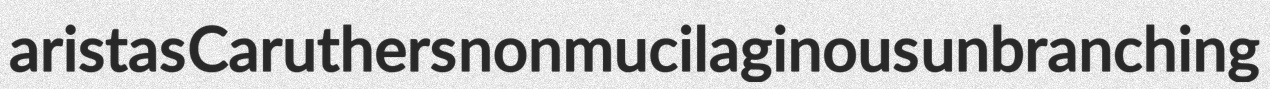
aristas Caruthers nonmucilaginous unbranching